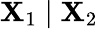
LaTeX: \mathbf{X}_{1}\mid\mathbf{X}_{2}